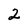
Character: 2